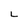
Character: L